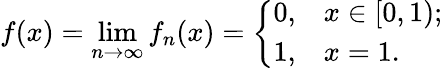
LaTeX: f(x)=\operatorname*{lim}_{n\to\infty}f_{n}(x)={\left\{ \begin{array}{ll}{0,}&{x\in[0,1);}\\ {1,}&{x=1.}\end{array}\right.}